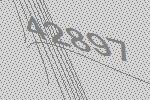
42897